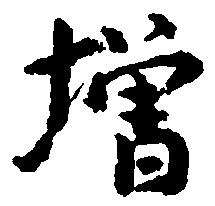
増